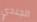
الجندي